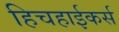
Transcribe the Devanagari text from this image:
हिचहाईकर्स